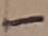
Text: -